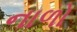
નાળો